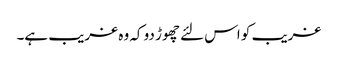
غریب کو اس لئے چھوڑ دو کہ وہ غریب ہے۔